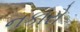
નકારો